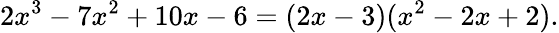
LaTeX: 2x^{3}-7x^{2}+10x-6=(2x-3)(x^{2}-2x+2).